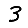
Digit: 3